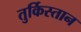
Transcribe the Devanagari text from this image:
तुर्किस्‍तान